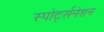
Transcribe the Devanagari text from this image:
स्पोर्ट्सनेशन